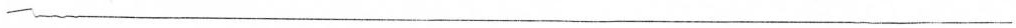
___